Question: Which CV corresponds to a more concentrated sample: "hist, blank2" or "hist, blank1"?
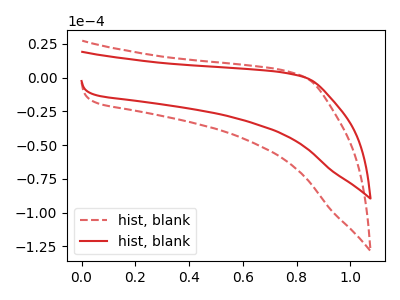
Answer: <think>The red dashed curve "hist, blank1" has no peaks. The red curve "hist, blank2" has no peaks.
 Neither "hist, blank2" or "hist, blank1" have any peaks.</think>
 <answer>I cant tell if "hist, blank2" or "hist, blank1" has higher concentration.</answer>
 <eval>mixed_concentration</eval>